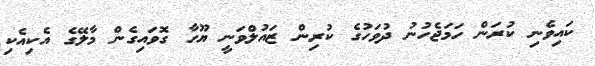
ކައިވެނި ކުރަން ހަމަޖެހުނު ދުވަހުގެ ކުރިން ޒައުލްވަނީ ޔޫހާ ގޮވައިގެން މާލޭގެ އެކިއެކި